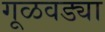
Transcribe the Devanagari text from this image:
गूळवड्या